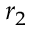
r _ { 2 }